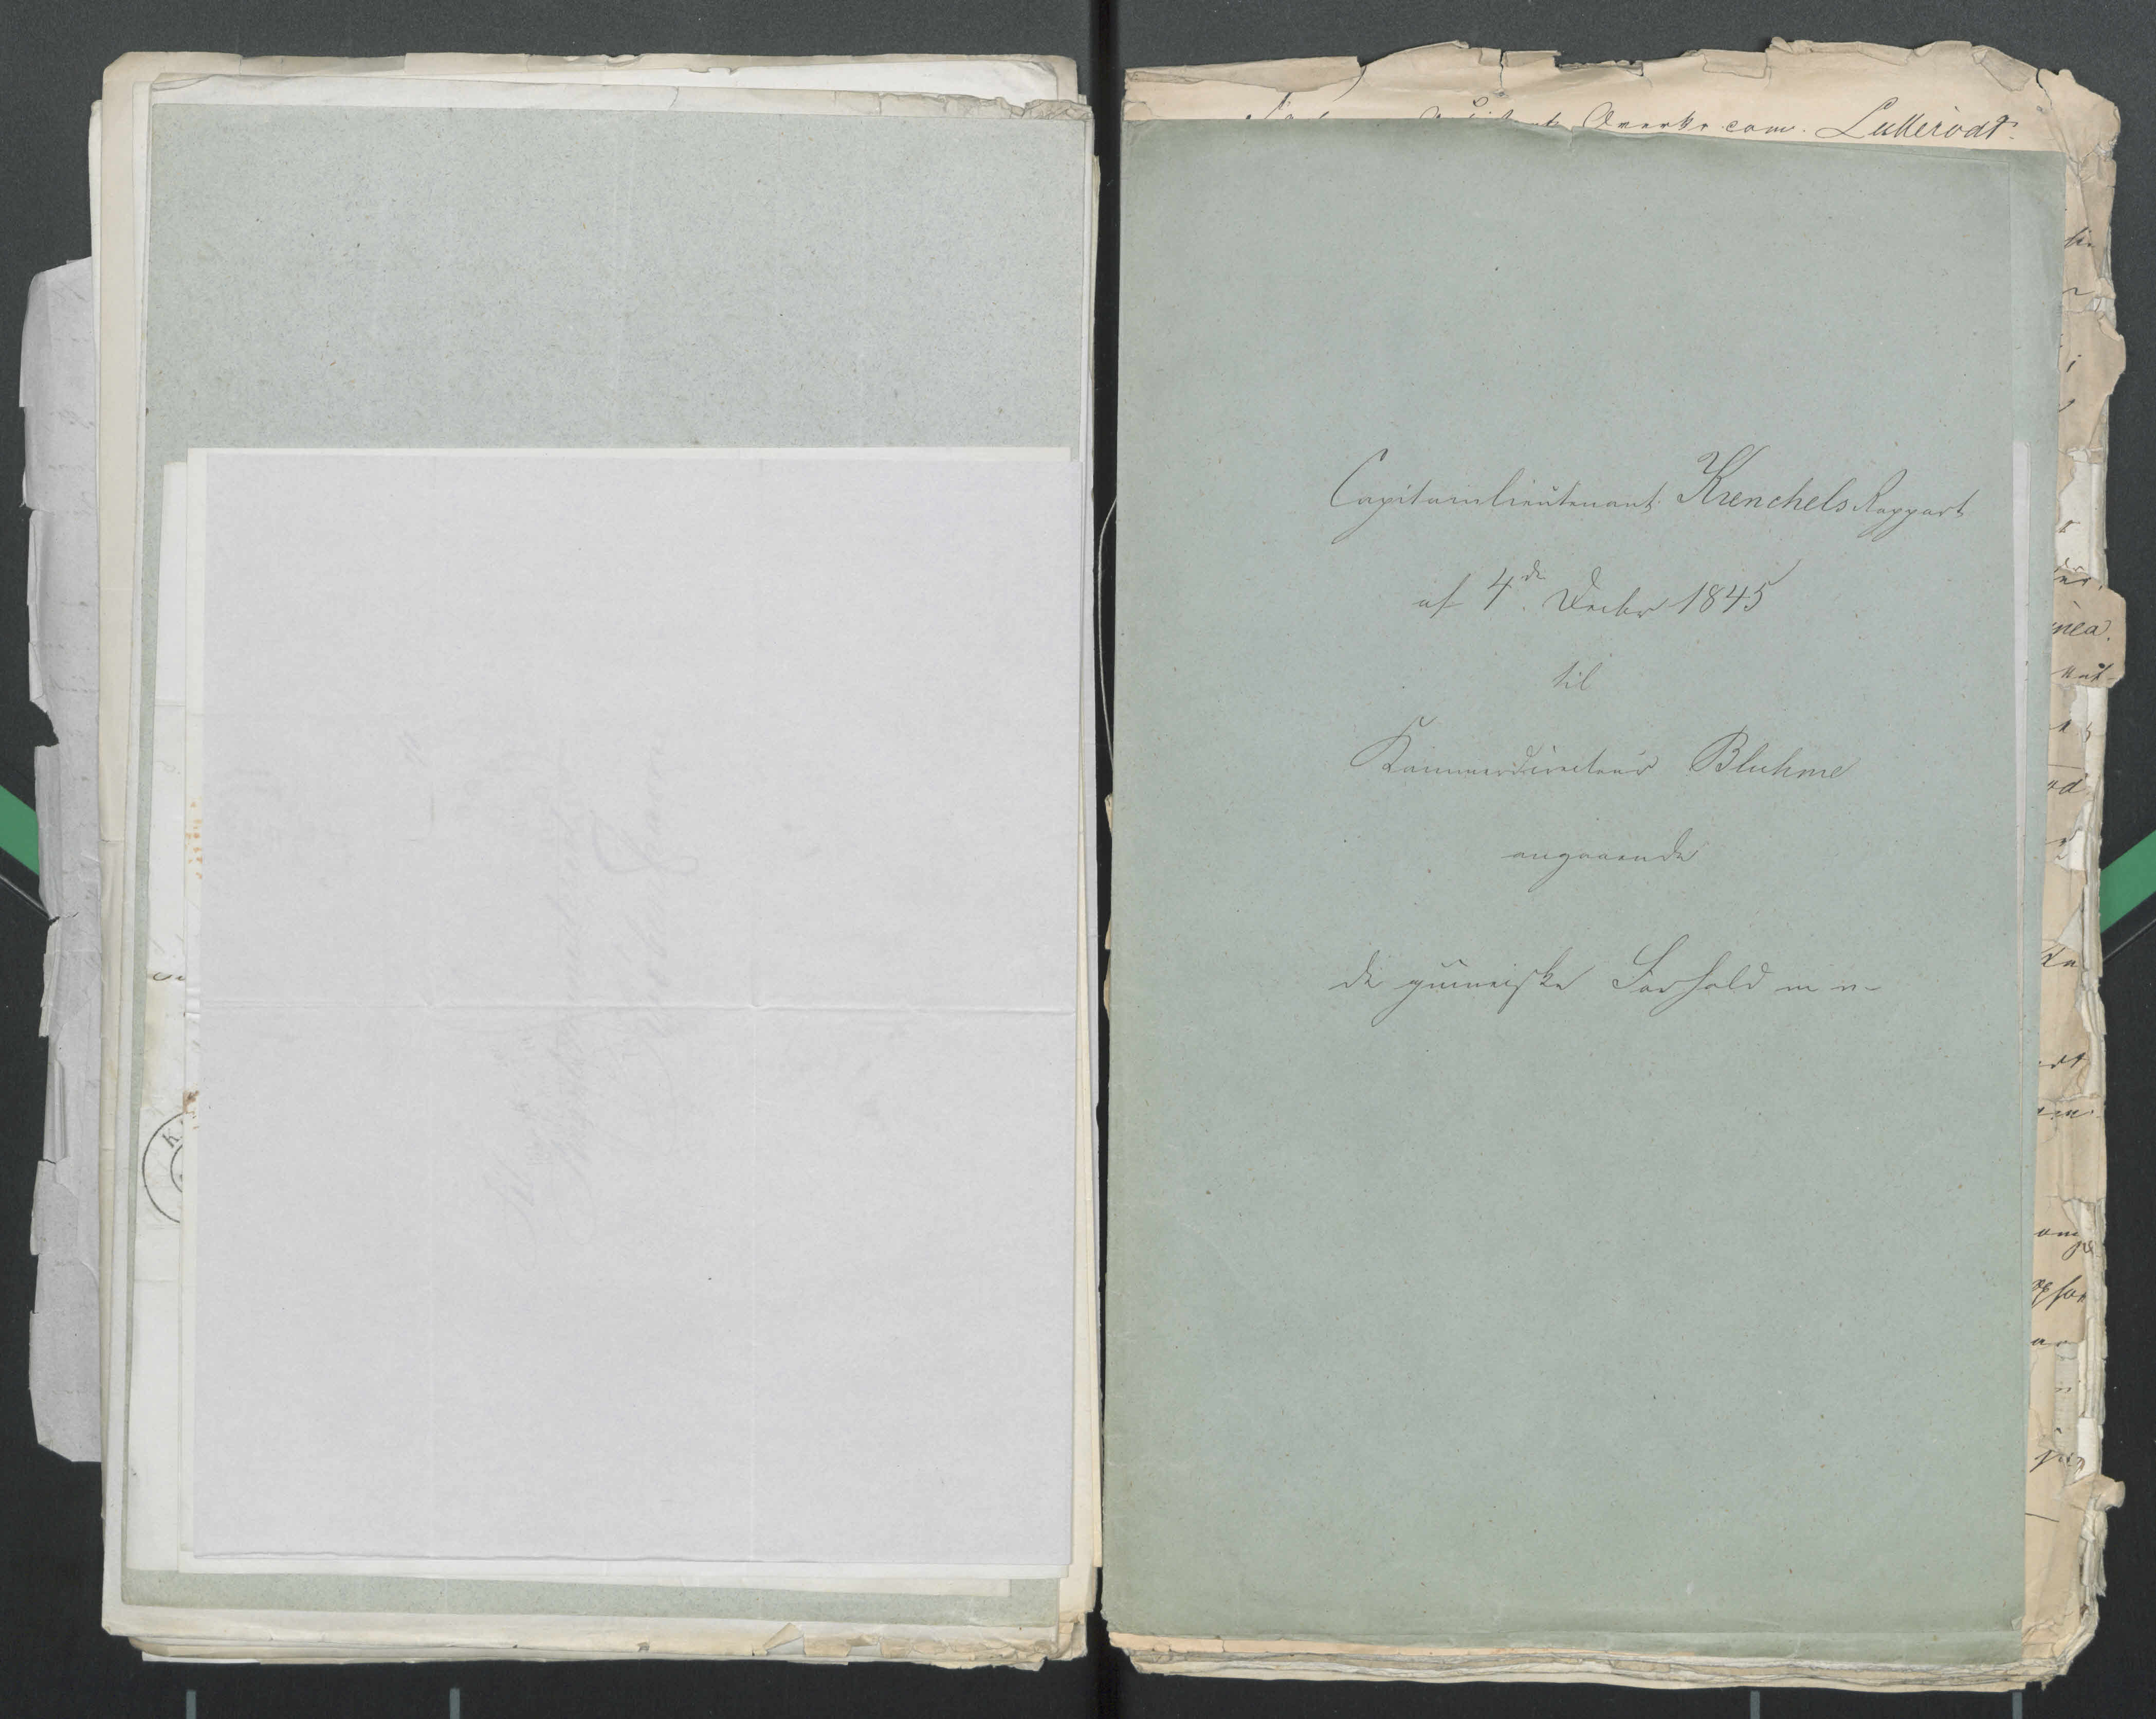
Transkription:
Capitainlieutenant Krenchels Rapport
af 4de decbr 1845
til

Kammerdirecteur Bluhme
angaaende
de guineiske Forhold m v -